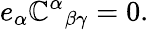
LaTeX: e_{\alpha}\mathbb{C}^{\alpha}{}_{\beta\gamma}=0.